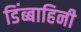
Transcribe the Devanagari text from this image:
डिंब्बाहिनी